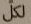
لكل